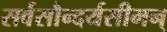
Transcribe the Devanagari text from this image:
सर्वसौन्दर्यसीमन्